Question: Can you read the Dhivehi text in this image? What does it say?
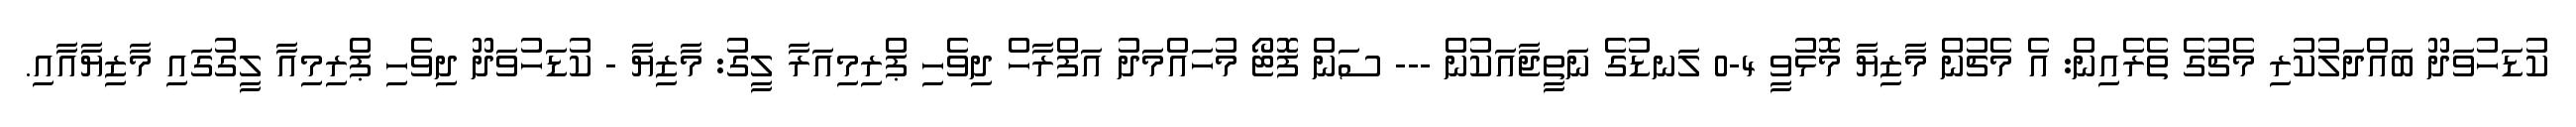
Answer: ކުޑަހުވަދޫ ބައްދަލުކުރި މެޗުގެ ތެރެއިން: އެ މެޗުން މާޒިޔާ މޮޅުވީ 4-0 ލަނޑުގެ ނަތީޖާއަކުން --- ސަން ފޮޓޯ މުހައްމަދު އަފްރާހް ދިވެހި ޕްރިމިއަރާ ލީގު: މާޒިޔާ - ކުޑަހުވަދޫ ދިވެހި ޕްރިމިއާ ލީގުގައި މާޒިޔާއާއި.